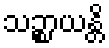
သဉ္စာယန္တိ